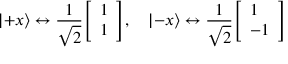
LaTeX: \left| + x \right\rangle \leftrightarrow { \frac { 1 } { \sqrt { 2 } } } { \left[ \begin{array} { l } { 1 } \\ { 1 } \end{array} \right] } , \quad \left| - x \right\rangle \leftrightarrow { \frac { 1 } { \sqrt { 2 } } } { \left[ \begin{array} { l } { 1 } \\ { - 1 } \end{array} \right] }